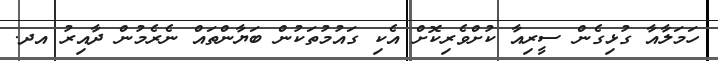
ހަމަލާއާ ގުޅިގެން ސީރިއާ ކުށްވެރިކޮށް އެކި ގައުމުތަކުން ބަޔާންތައް ނެރެމުން ދާއިރު އދ.